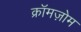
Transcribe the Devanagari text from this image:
क्रॉमज़ोम